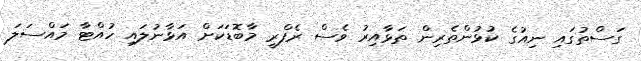
ގަސްތުގައި ނިއުގެ ކުޅުންތެރިން ތަޅާއިރު ވެސް ރެފްރީ މާބޮޑަކަށް އަޅާނުލައި ހުއްޓާ މައްސަލަ